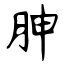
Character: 胂